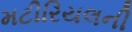
મટીરિયલની